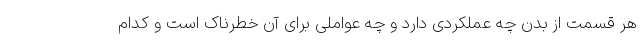
هر قسمت از بدن چه عملکردی دارد و چه عواملی برای آن خطرناک است و کدام